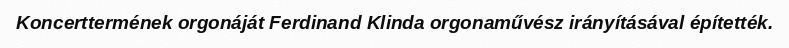
Koncerttermének orgonáját Ferdinand Klinda orgonaművész irányításával építették.